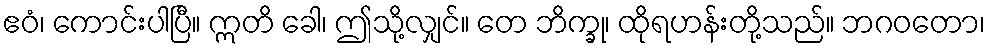
ဧဝံ၊ ကောင်းပါပြီ။ ဣတိ ခေါ၊ ဤသို့လျှင်။ တေ ဘိက္ခု၊ ထိုရဟန်းတို့သည်။ ဘဂဝတော၊